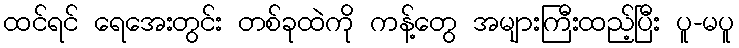
ထင်ရင် ရေအေးတွင်း တစ်ခုထဲကို ကန့်တွေ အများကြီးထည့်ပြီး ပူ-မပူ